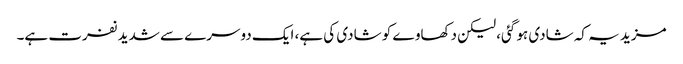
مزید یہ کہ شادی ہو گئی، لیکن دکھاوے کو شادی کی ہے، ایک دوسرے سے شدید نفرت ہے۔